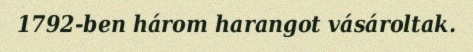
1792-ben három harangot vásároltak.